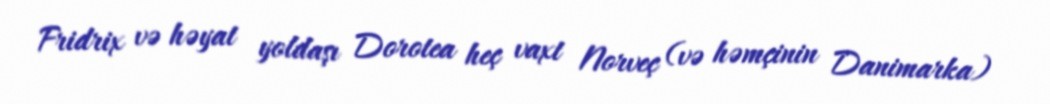
Fridrix və həyat yoldaşı Dorotea heç vaxt Norveç (və həmçinin Danimarka)